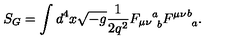
S _ { G } = \int d ^ { 4 } x \sqrt { - g } \frac { 1 } { 2 q ^ { 2 } } { F _ { \mu \nu } } _ { \ b } ^ { a } { F ^ { \mu \nu } } _ { \ a } ^ { b } .